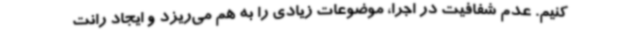
کنیم. عدم شفافیت در اجرا، موضوعات زیادی را به هم می‌ریزد و ایجاد رانت